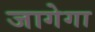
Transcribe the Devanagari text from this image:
जागेगा